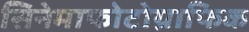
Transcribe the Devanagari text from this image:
सिनेमाफोटोग्राफिक